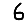
Digit: 6